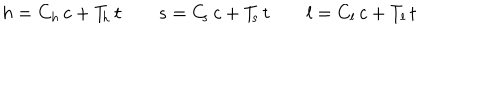
h = C _ { h } \, c + T _ { \! h } \, t \qquad s = C _ { \! s } \, c + T _ { \! s } \, t \qquad l = C _ { l } \, c + T _ { l } \, t